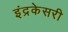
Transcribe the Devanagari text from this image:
इंद्रकेसरी